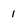
Character: 1